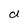
Character: d